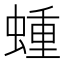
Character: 蝩